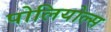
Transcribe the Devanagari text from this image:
पोलियोल्स